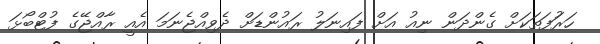
ހަރަުފަތަކަށް ގެންދަން ނިއު އަށް ފައިނަލު ރައުންޑަށް ދެވިއްޖެނަމަ އެއީ ރާއްޖޭގެ ފުޓްބޯޅަ